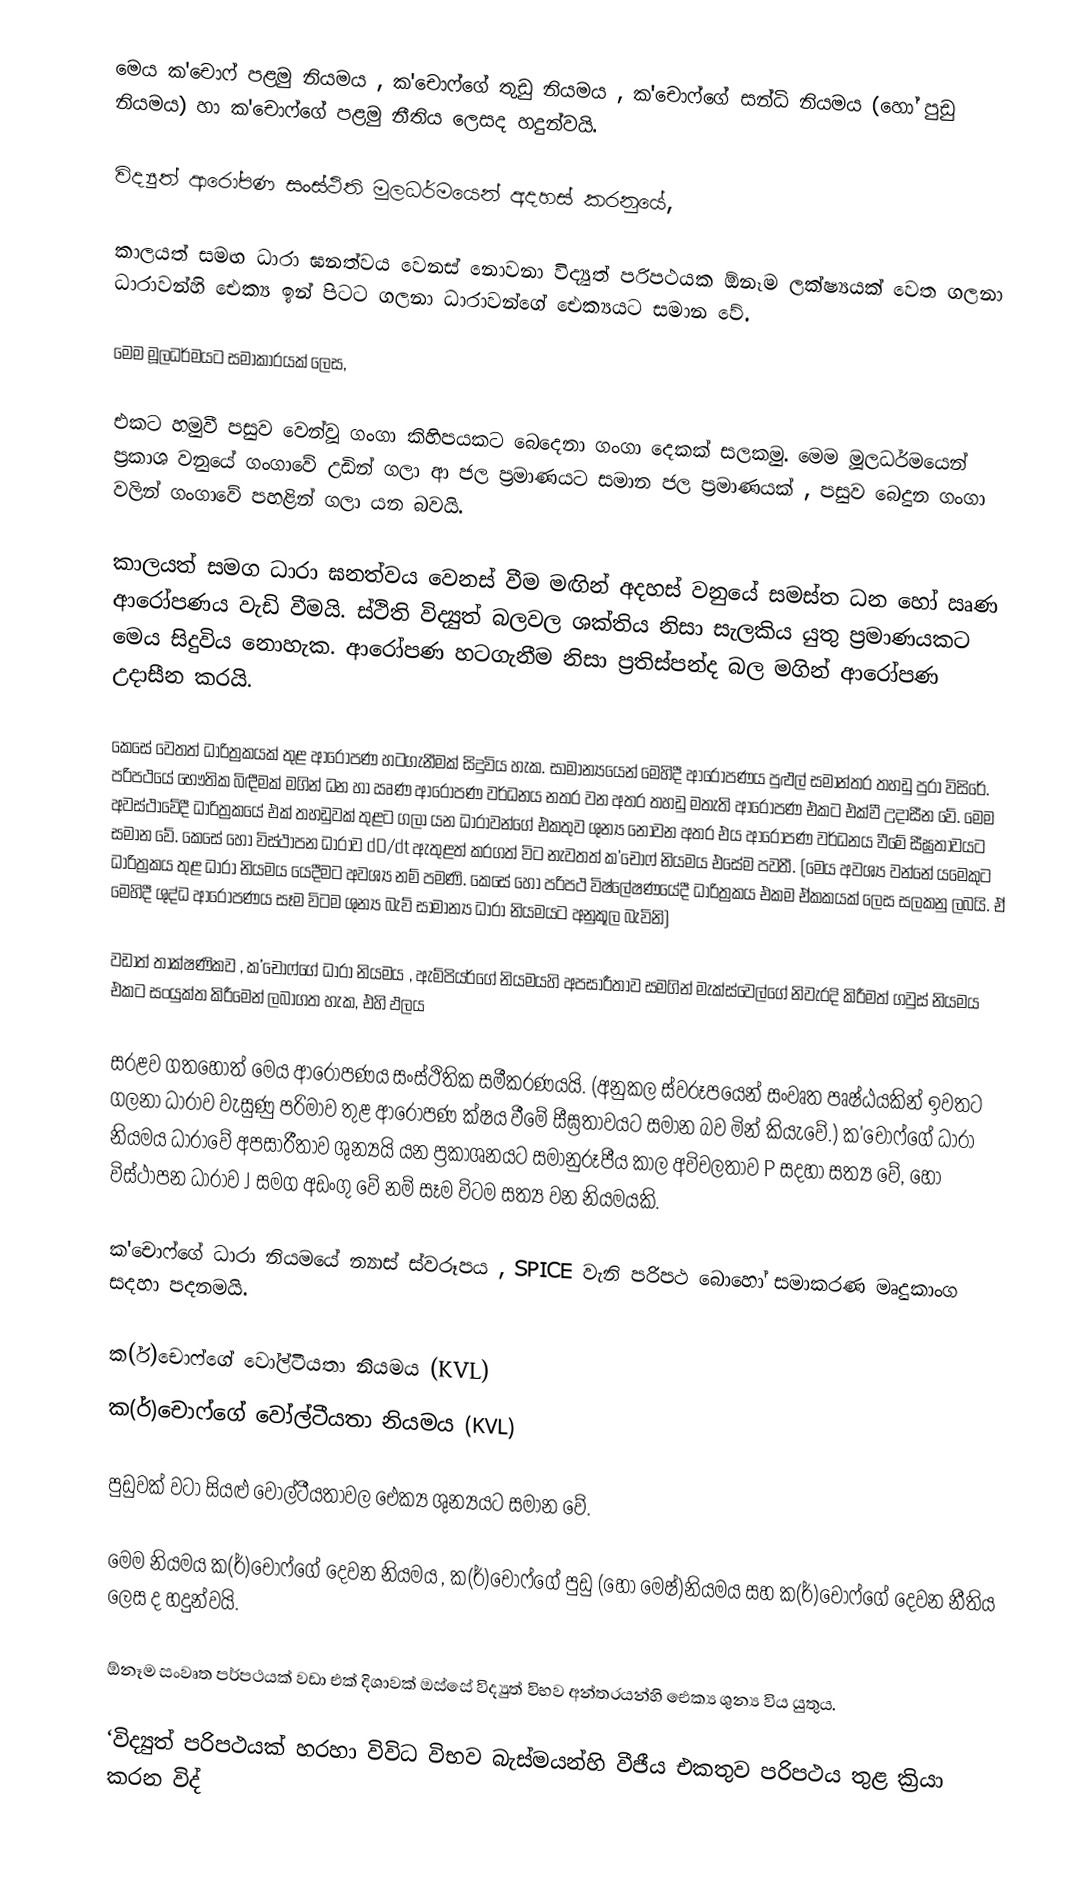
මෙය ක'චොෆ් පළමු නියමය , ක'චොෆ්ගේ තුඩු නියමය , ක'චොෆ‍්ගේ සන්ධි නියමය (හෝ පුඩු නියමය) හා ක'චොෆ්ගේ පළමු නීතිය ලෙසද හදුන්වයි.

විද්‍යුත් ආරෝපණ සංස්ථිති මුලධර්මයෙන් අදහස්  කරනුයේ,

කාලයත් සමඟ ධාරා ඝනත්වය වෙනස් නොවනා විද්‍යුත් පරිපථයක ඕනෑම ලක්ෂ්‍යයක් වෙත ගලනා ධාරාවන්හි  ඓක්‍ය ඉන් පිටට ගලනා ධාරාවන්ගේ ඓක්‍යයට සමාන වේ.

මෙම මූලධර්මයට සමාකාරයක් ලෙස,

එකට හමුවී පසුව වෙන්වූ ගංගා කිහිපයකට බෙදෙනා ගංගා දෙකක් සලකමු. මෙම  මූලධර්මයෙන් ප්‍රකාශ වනුයේ ගංගාවේ උඩින් ගලා ආ ජල ප්‍රමාණයට සමාන ජල ප්‍රමාණයක් , පසුව බෙදුන ගංගා වලින් ගංගාවේ පහළින් ගලා යන බවයි.

කාලයත් සමග ධාරා ඝනත්වය වෙනස් වීම මඟින් අදහස් වනුයේ සමස්ත ධන හෝ ඍණ ආරෝපණය වැඩි වීමයි. ස්ථිති විද්‍යුත් බලවල ශක්තිය නිසා සැලකිය යුතු ප්‍රමාණයකට මෙය සිදුවිය නොහැක. ආරෝපණ හටගැනීම නිසා ප්‍රතිස්පන්ද බල මගින් ආරෝපණ උදාසීන කරයි.

කෙසේ වෙතත් ධාරිත්‍රකයක් තුළ ආරෝපණ හටගැනීමක් සිදුවිය හැක. සාමාන්‍යයෙන් මෙහිදී ආරෝපණය පුළුල් සමාන්තර තහඩු පුරා විසිරේ. පරිපථයේ භෞතික බිඳීමක් මගින් ධන හා ඍණ ආරෝපණ වර්ධනය නතර වන අතර තහඩු මතැති ආරෝපණ එකට එක්වී උදාසීන වේ. මෙම අවස්ථාවේදී ධාරිත්‍රකයේ එක් තහඩුවක් තුළට ගලා යන ධාරාවන්ගේ  එකතුව ශුන්‍ය නොවන අතර එය ආරෝපණ වර්ධනය වීමේ සීඝ්‍රතාවයට සමාන වේ. කෙසේ හෝ විස්ථාපන ධාරාව   dD/dt   ඇතුළත් කරගත් විට නැවතත් ක'චොෆ් නියමය එසේම පවතී. (මෙය අවශ්‍ය වන්නේ යමෙකුට ධාරිත්‍රකය තුළ ධාරා නියමය යෙදීමට අවශ්‍ය නම් පමණි. කෙසේ හෝ පරිපථ විෂ්ලේෂණයේදී ධාරිත්‍රකය එකම ඒකකයක් ලෙස සලකනු ලබයි. ඒ මෙහිදී ශුද්ධ ආරෝපණය සෑම විටම ශුන්‍ය බැව් සාමාන්‍ය ධාරා නියමයට අනුකූල බැවිනි)

වඩාත් තාක්ෂණිකව , ක'චොෆ්ගේ ධාරා නියමය , ඇම්පියර්ගේ නියමයහි අපසාරීතාව සමගින් මැක්ස්වෙල්ගේ නිවැරදි කිරීමත් ගවුස් නියමය එකට සංයුක්ත කිරීමෙන් ලබාගත හැක, එහි ඵලය

සරළව ගතහොත් මෙය ආරෝපණය සංස්ථිතික සමීකරණයයි. (අනුකල ස්වරූපයෙන් සංවෘත පෘෂ්ඨයකින් ඉවතට ගලනා ධාරාව වැසුණු පරිමාව තුළ ආරෝපණ ක්ෂය වීමේ සීඝ්‍රතාවයට සමාන බව මින් කියැවේ.) ක'චොෆ්ගේ ධාරා නියමය ධාරාවේ අපසාරීතාව ශුන්‍යයි යන ප්‍රකාශනයට සමානුරූපීය කාල අවිචලතාව P සදහා සත්‍ය වේ, හෝ විස්ථාපන ධාරාව J සමග අඩංගු වේ නම් සෑම විටම සත්‍ය වන නියමයකි.

ක'චොෆ්ගේ ධාරා නියමයේ න්‍යාස් ස්වරූපය  ,  SPICE  වැනි පරිපථ බොහෝ සමාකරණ මෘදුකාංග සදහා පදනමයි.

ක(ර්)චොෆ්ගේ වෝල්ටීයතා නියමය (KVL)
ක(ර්)චොෆ්ගේ වෝල්ටීයතා නියමය (KVL)

පුඩුවක් වටා සියළු වෝල්ටීයතාවල ඓක්‍ය ශුන්‍යයට සමාන වේ.

මෙම නියමය ක(ර්)චොෆ්ගේ දෙවන නියමය , ක(ර්)චොෆ්ගේ පුඩු (හෝ මෙෂ්)නියමය සහ ක(ර්)චොෆ්ගේ දෙවන නීතිය ලෙස ද හදුන්වයි.

ඕනෑම සංවෘත පර්පථයක් වඩා එක් දිශාවක් ඔස්සේ විද්‍යුත් විභව අන්තරයන්හි  ඓක්‍ය ශුන්‍ය විය යුතුය.

‘විද්‍යුත් පරිපථයක් හරහා විවිධ විභව බැස්මයන්හි වීජීය එකතුව පරිපථය තුළ ක්‍රියා කරන විද්‍